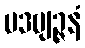
ပဒဗျဉ္ဇနံ